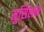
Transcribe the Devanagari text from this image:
मुसिलम